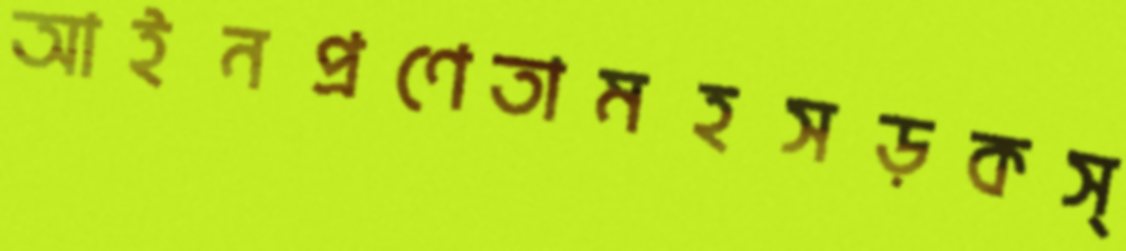
আইনপ্রণেতামহসড়কস্